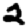
Digit: 2